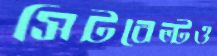
সিটবেল্টও